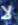
لا